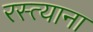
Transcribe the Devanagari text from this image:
रस्त्याना